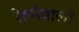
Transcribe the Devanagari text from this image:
रेहनेवालों